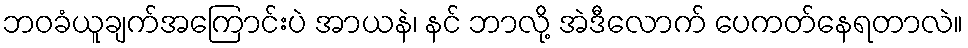
ဘဝခံယူချက်အကြောင်းပဲ အာယနဲ၊ နင် ဘာလို့ အဲဒီလောက် ပေကတ်နေရတာလဲ။